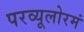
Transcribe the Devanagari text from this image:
परव्यूलोरमं